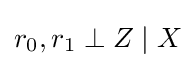
r_{0},r_{1}\perp Z\mid X